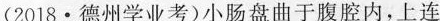
(2018•德州学业考)小肠盘曲于腹腔内，上连